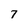
Character: 7